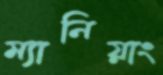
ম্যানিয়াং